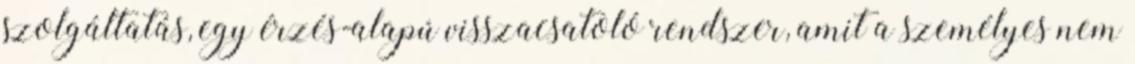
szolgáltatás, egy érzés-alapú visszacsatoló rendszer, amit a személyes nem